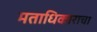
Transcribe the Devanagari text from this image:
मताधिकाराचा